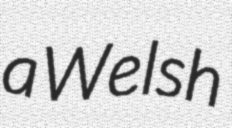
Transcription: a Welsh